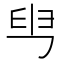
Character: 𦥕